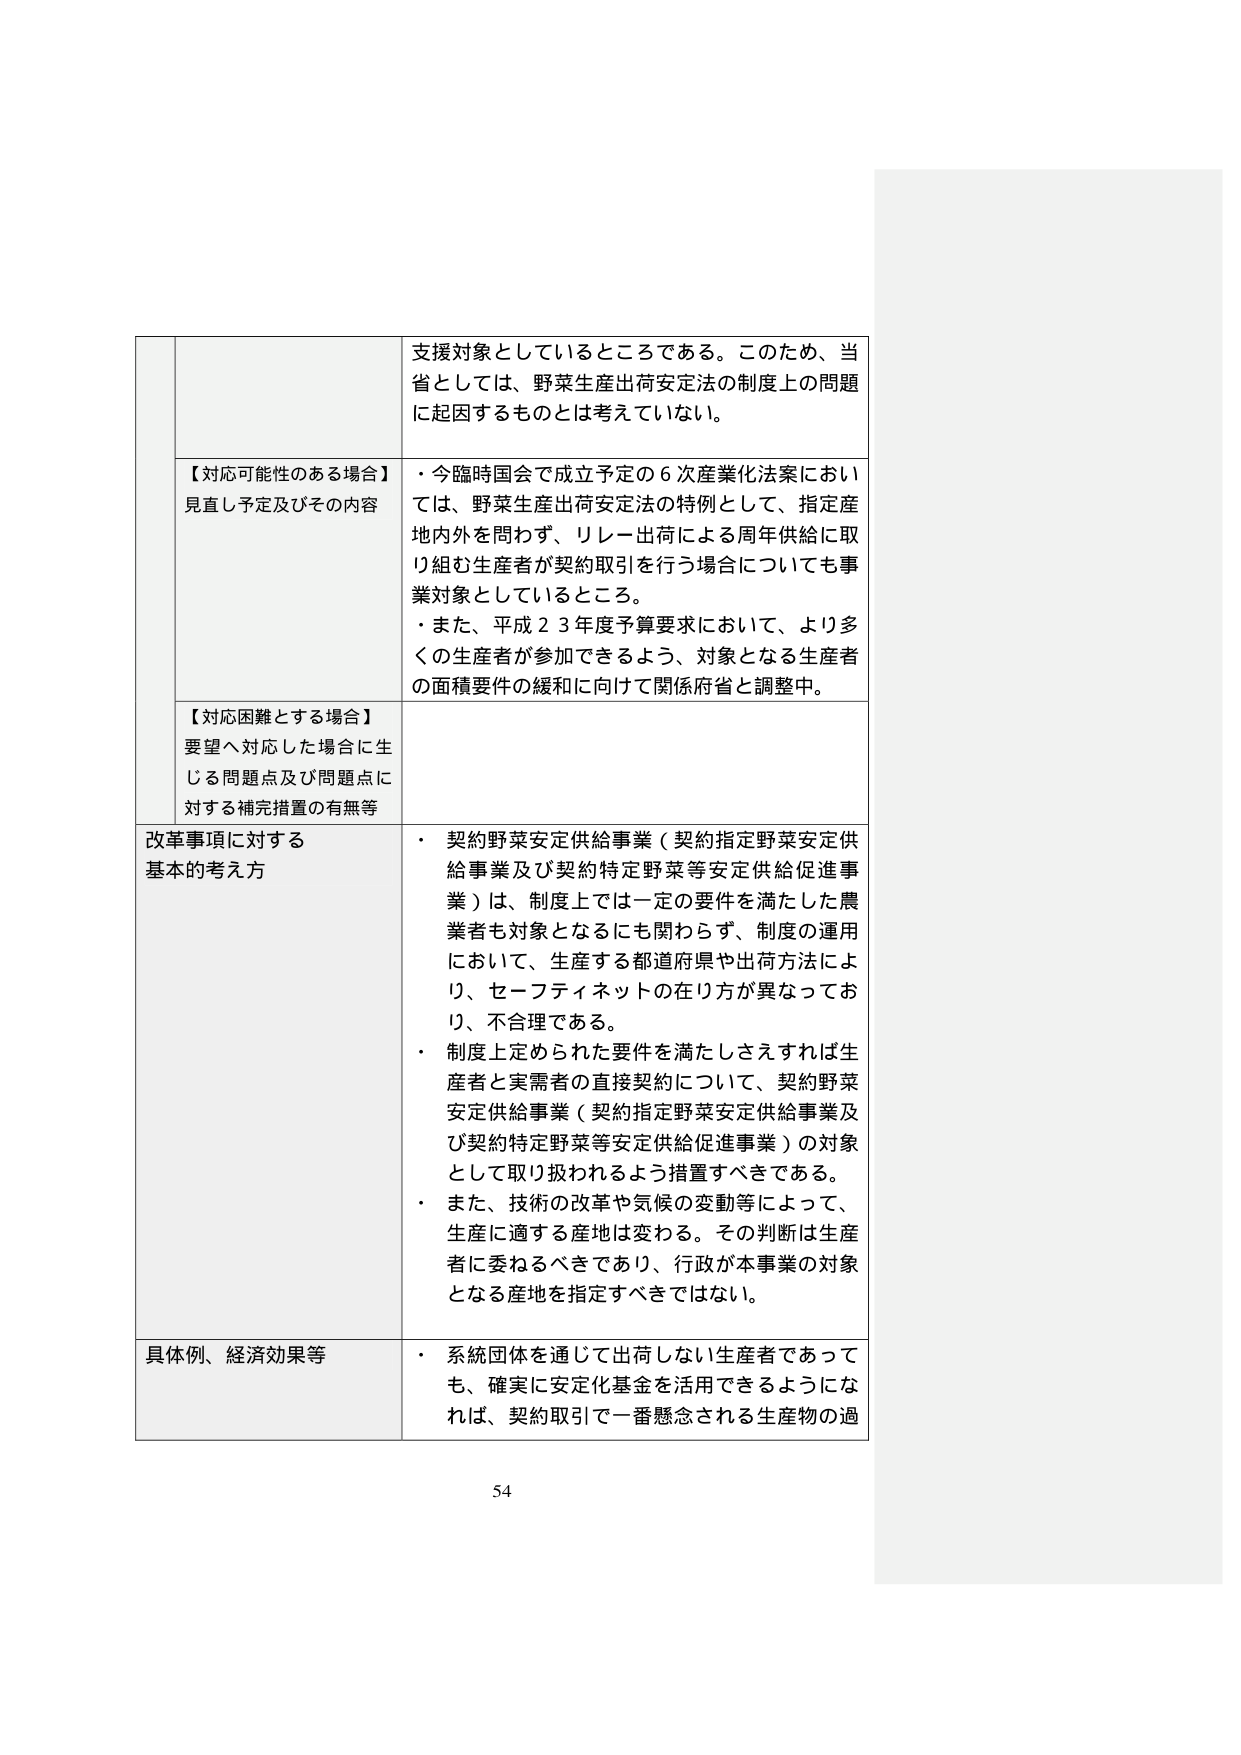
支援対象としているところである。このため、当省としては、野菜生産出荷安定法の制度上の問題に起因するものとは考えていない。

【対応可能性のある場合】
見直し予定及びその内容
・今臨時国会で成立予定の６次産業化法案においては、野菜生産出荷安定法の特例として、指定産地内外を問わず、リレー出荷による周年供給に取り組む生産者が契約取引を行う場合についても事業対象としているところ。
・また、平成２３年度予算要求において、より多くの生産者が参加できるよう、対象となる生産者の面積要件の緩和に向けて関係府省と調整中。

【対応困難とする場合】
要望へ対応した場合に生じる問題点及び問題点に対する補完措置の有無等

改革事項に対する基本的考え方
・契約野菜安定供給事業（契約指定野菜安定供給事業及び契約特定野菜等安定供給促進事業）は、制度上では一定の要件を満たした農業者も対象となるにも関わらず、制度の運用において、生産する都道府県や出荷方法により、セーフティネットの在り方が異なっており、不合理である。
・制度上定められた要件を満たしさえすれば生産者と実需者の直接契約について、契約野菜安定供給事業（契約指定野菜安定供給事業及び契約特定野菜等安定供給促進事業）の対象として取り扱われるよう措置すべきである。
・また、技術の改革や気候の変動等によって、生産に適する産地は変わる。その判断は生産者に委ねるべきであり、行政が本事業の対象となる産地を指定すべきではない。

具体例、経済効果等
・系統団体を通じて出荷しない生産者であっても、確実に安定化基金を活用できるようになれば、契約取引で一番懸念される生産物の過

54